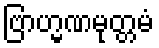
ဗြာဟ္မဏမုတ္တမံ